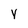
Character: Y